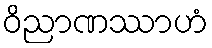
ဝိညာဏဿာဟံ